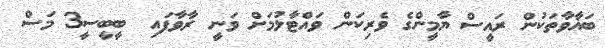
ބަޣާވާތަކުން ރައީސް ޔާމީންގެ ވެރިކަން ވައްޓާލުމަށް ވަނީ ރާވާފައި  ބީބީސީ3 މަސް